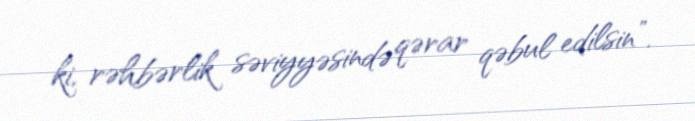
ki, rəhbərlik səviyyəsində qərar qəbul edilsin”.